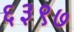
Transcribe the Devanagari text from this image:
६३९७